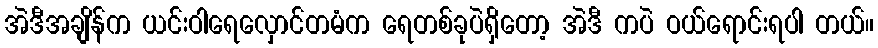
အဲဒီအချိန်က ယင်းဝါရေလှောင်တမံက ရေတစ်ခုပဲရှိတော့ အဲဒီ ကပဲ ဝယ်ရောင်းရပါ တယ်။